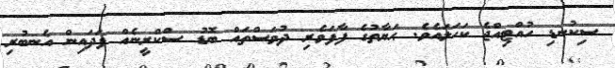
ސިކުނޑި ހުއްޓިއްޖެ ކަހަލައެވެ. ޙަޔާތުގެ ފާފަވެރި ދުވަސްތައް ބޮޑު ސްކްރީނެއް ފަދައިން އެނބުރި